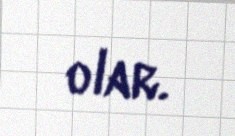
olar.